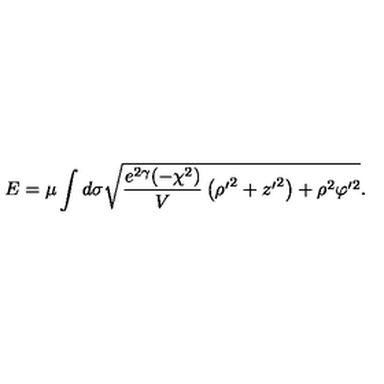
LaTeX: E = \mu \int d \sigma \sqrt { \frac { e ^ { 2 \gamma } ( - \chi ^ { 2 } ) } { V } \left( { \rho ^ { \prime } } ^ { 2 } + { z ^ { \prime } } ^ { 2 } \right) + \rho ^ { 2 } \varphi ^ { \prime 2 } } .